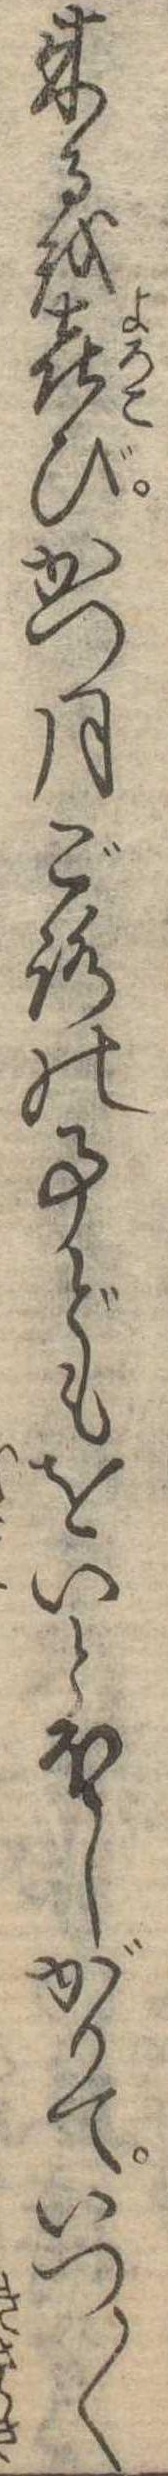
来るを喜びかつ月ごろの事どもをいとほしがりていつ〱